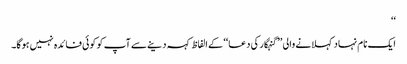
‘‘
ایک نام نہاد کہلانے والی ’’گنہگار کی دعا‘‘ کے الفاظ کہہ دینےسے آپ کو کوئی فائدہ نہیں ہوگا۔